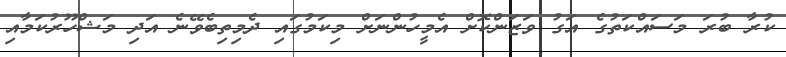
ކުރާ ބުރަ މަސައްކަތުގެ އަގު ވަޒަންކޮށް އެމީހުންނަށް މިކަމުގައި ދެމިތިބެވޭނެ އަދި މަޝްހޫރުކަމާއި